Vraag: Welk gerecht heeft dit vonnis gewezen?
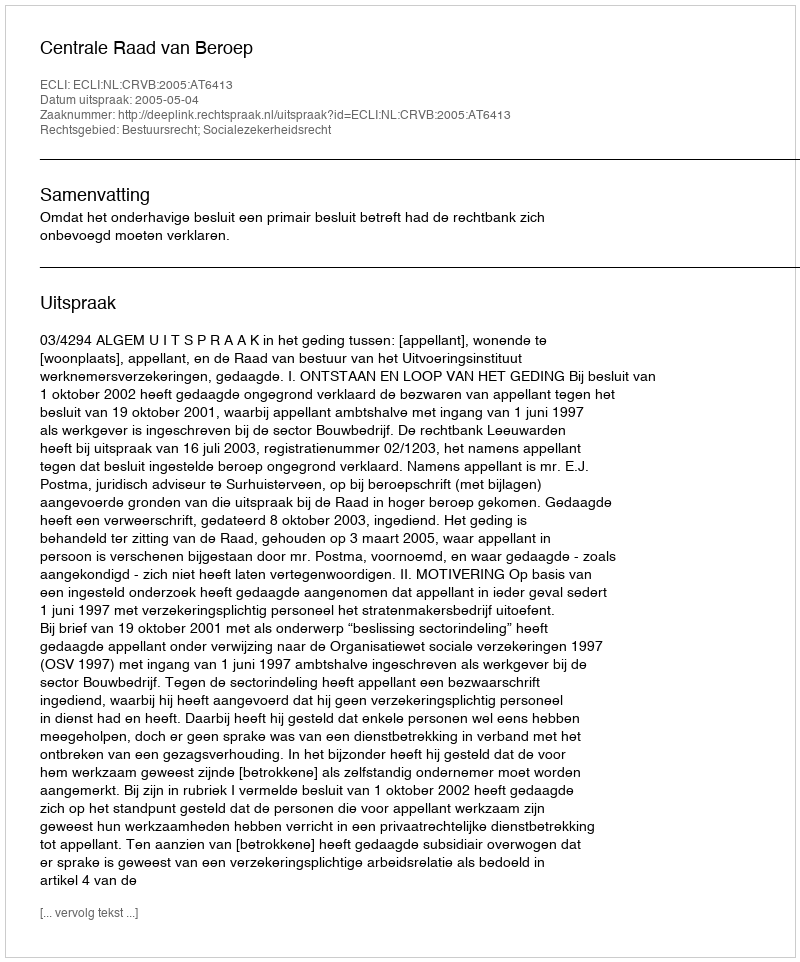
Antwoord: Centrale Raad van Beroep